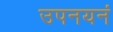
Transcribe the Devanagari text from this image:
उपनयनं